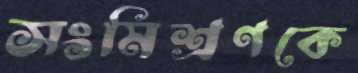
সংমিশ্রণকে